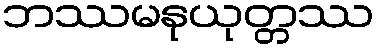
ဘဿမနုယုတ္တဿ